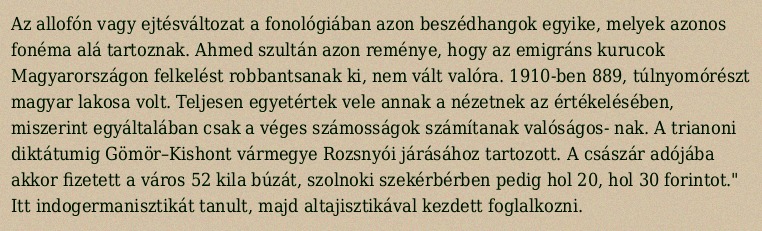
Az allofón vagy ejtésváltozat a fonológiában azon beszédhangok egyike, melyek azonos fonéma alá tartoznak. Ahmed szultán azon reménye, hogy az emigráns kurucok Magyarországon felkelést robbantsanak ki, nem vált valóra. 1910-ben 889, túlnyomórészt magyar lakosa volt. Teljesen egyetértek vele annak a nézetnek az értékelésében, miszerint egyáltalában csak a véges számosságok számítanak valóságos- nak. A trianoni diktátumig Gömör–Kishont vármegye Rozsnyói járásához tartozott. A császár adójába akkor fizetett a város 52 kila búzát, szolnoki szekérbérben pedig hol 20, hol 30 forintot." Itt indogermanisztikát tanult, majd altajisztikával kezdett foglalkozni.